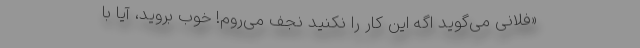
«فلانی می‌گوید اگه این کار را نکنید نجف می‌روم! خوب بروید، آیا با